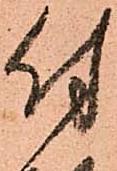
付